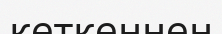
кеткеннен